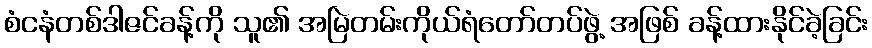
စံငနံတစ်ဒါဇင်ခန့်ကို သူ၏ အမြဲတမ်းကိုယ်ရံတော်တပ်ဖွဲ့ အဖြစ် ခန့်ထားနိုင်ခဲ့ခြင်း